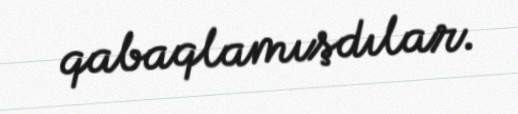
qabaqlamışdılar.